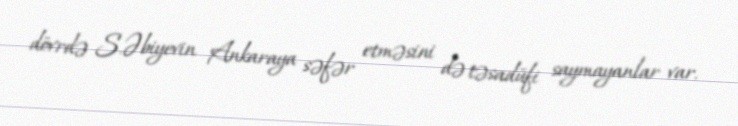
dövrdə S.Əbiyevin Ankaraya səfər etməsini də təsadüfi saymayanlar var.